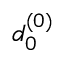
d _ { 0 } ^ { ( 0 ) }